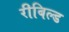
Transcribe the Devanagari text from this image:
रीबिल्ड